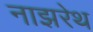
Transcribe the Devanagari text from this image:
नाझरेथ